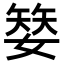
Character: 𡠅